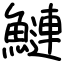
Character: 鰱